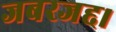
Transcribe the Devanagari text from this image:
जबरजद्द।